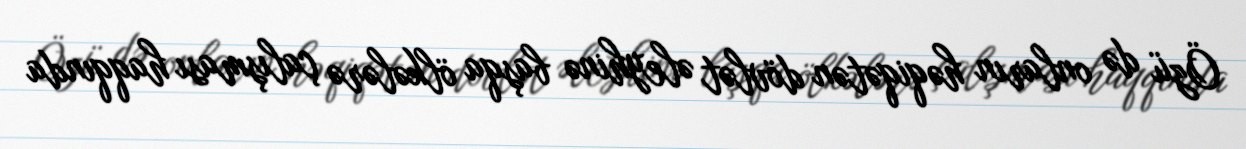
Özü də onların həqiqətən dövlət əleyhinə başqa ölkələrə çalışması haqqında